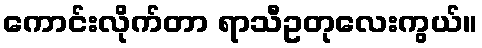
ကောင်းလိုက်တာ ရာသီဥတုလေးကွယ်။